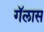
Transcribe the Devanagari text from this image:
गॅलास